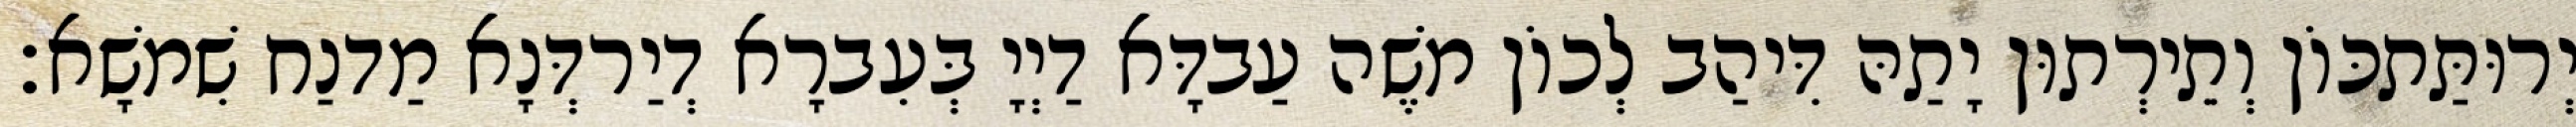
יְרוּתַּתכּוֹן וְתֵירְתוּן יָתַהּ דִּיהַב לְכוֹן מֹשֶׁה עַבדָּא דַיְיָ בְּעִברָא דְיַרדְּנָא מַדנַח שִׁמשָׁא׃